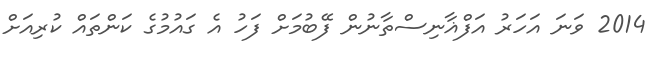
2014 ވަނަ އަހަރު އަފްޣާނިސްތާނުން ފޭބުމަށް ފަހު އެ ގައުމުގެ ކަންތައް ކުރިއަށް